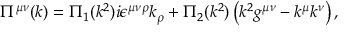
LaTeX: \Pi ^ { \mu \nu } ( k ) = \Pi _ { 1 } ( k ^ { 2 } ) i \epsilon ^ { \mu \nu \rho } k _ { \rho } + \Pi _ { 2 } ( k ^ { 2 } ) \left( k ^ { 2 } g ^ { \mu \nu } - k ^ { \mu } k ^ { \nu } \right) ,